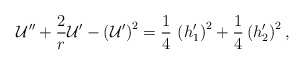
\begin{align*}{\cal U}''+{2 \over r}{\cal U}'-\left({\cal U}'\right)^2={1 \over 4}\, \left(h_1^\prime \right)^2+ {1 \over 4}\left(h_2^\prime \right)^2,\end{align*}